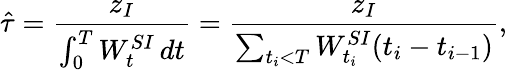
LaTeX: \hat{\tau}=\frac{z_{I}}{\int_{0}^{T}W_{t}^{SI}\, dt}=\frac{z_{I}}{\sum_{t_{i}<T}W_{t_{i}}^{SI}(t_{i}-t_{i-1})},